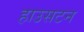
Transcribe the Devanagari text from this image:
हाउसटन